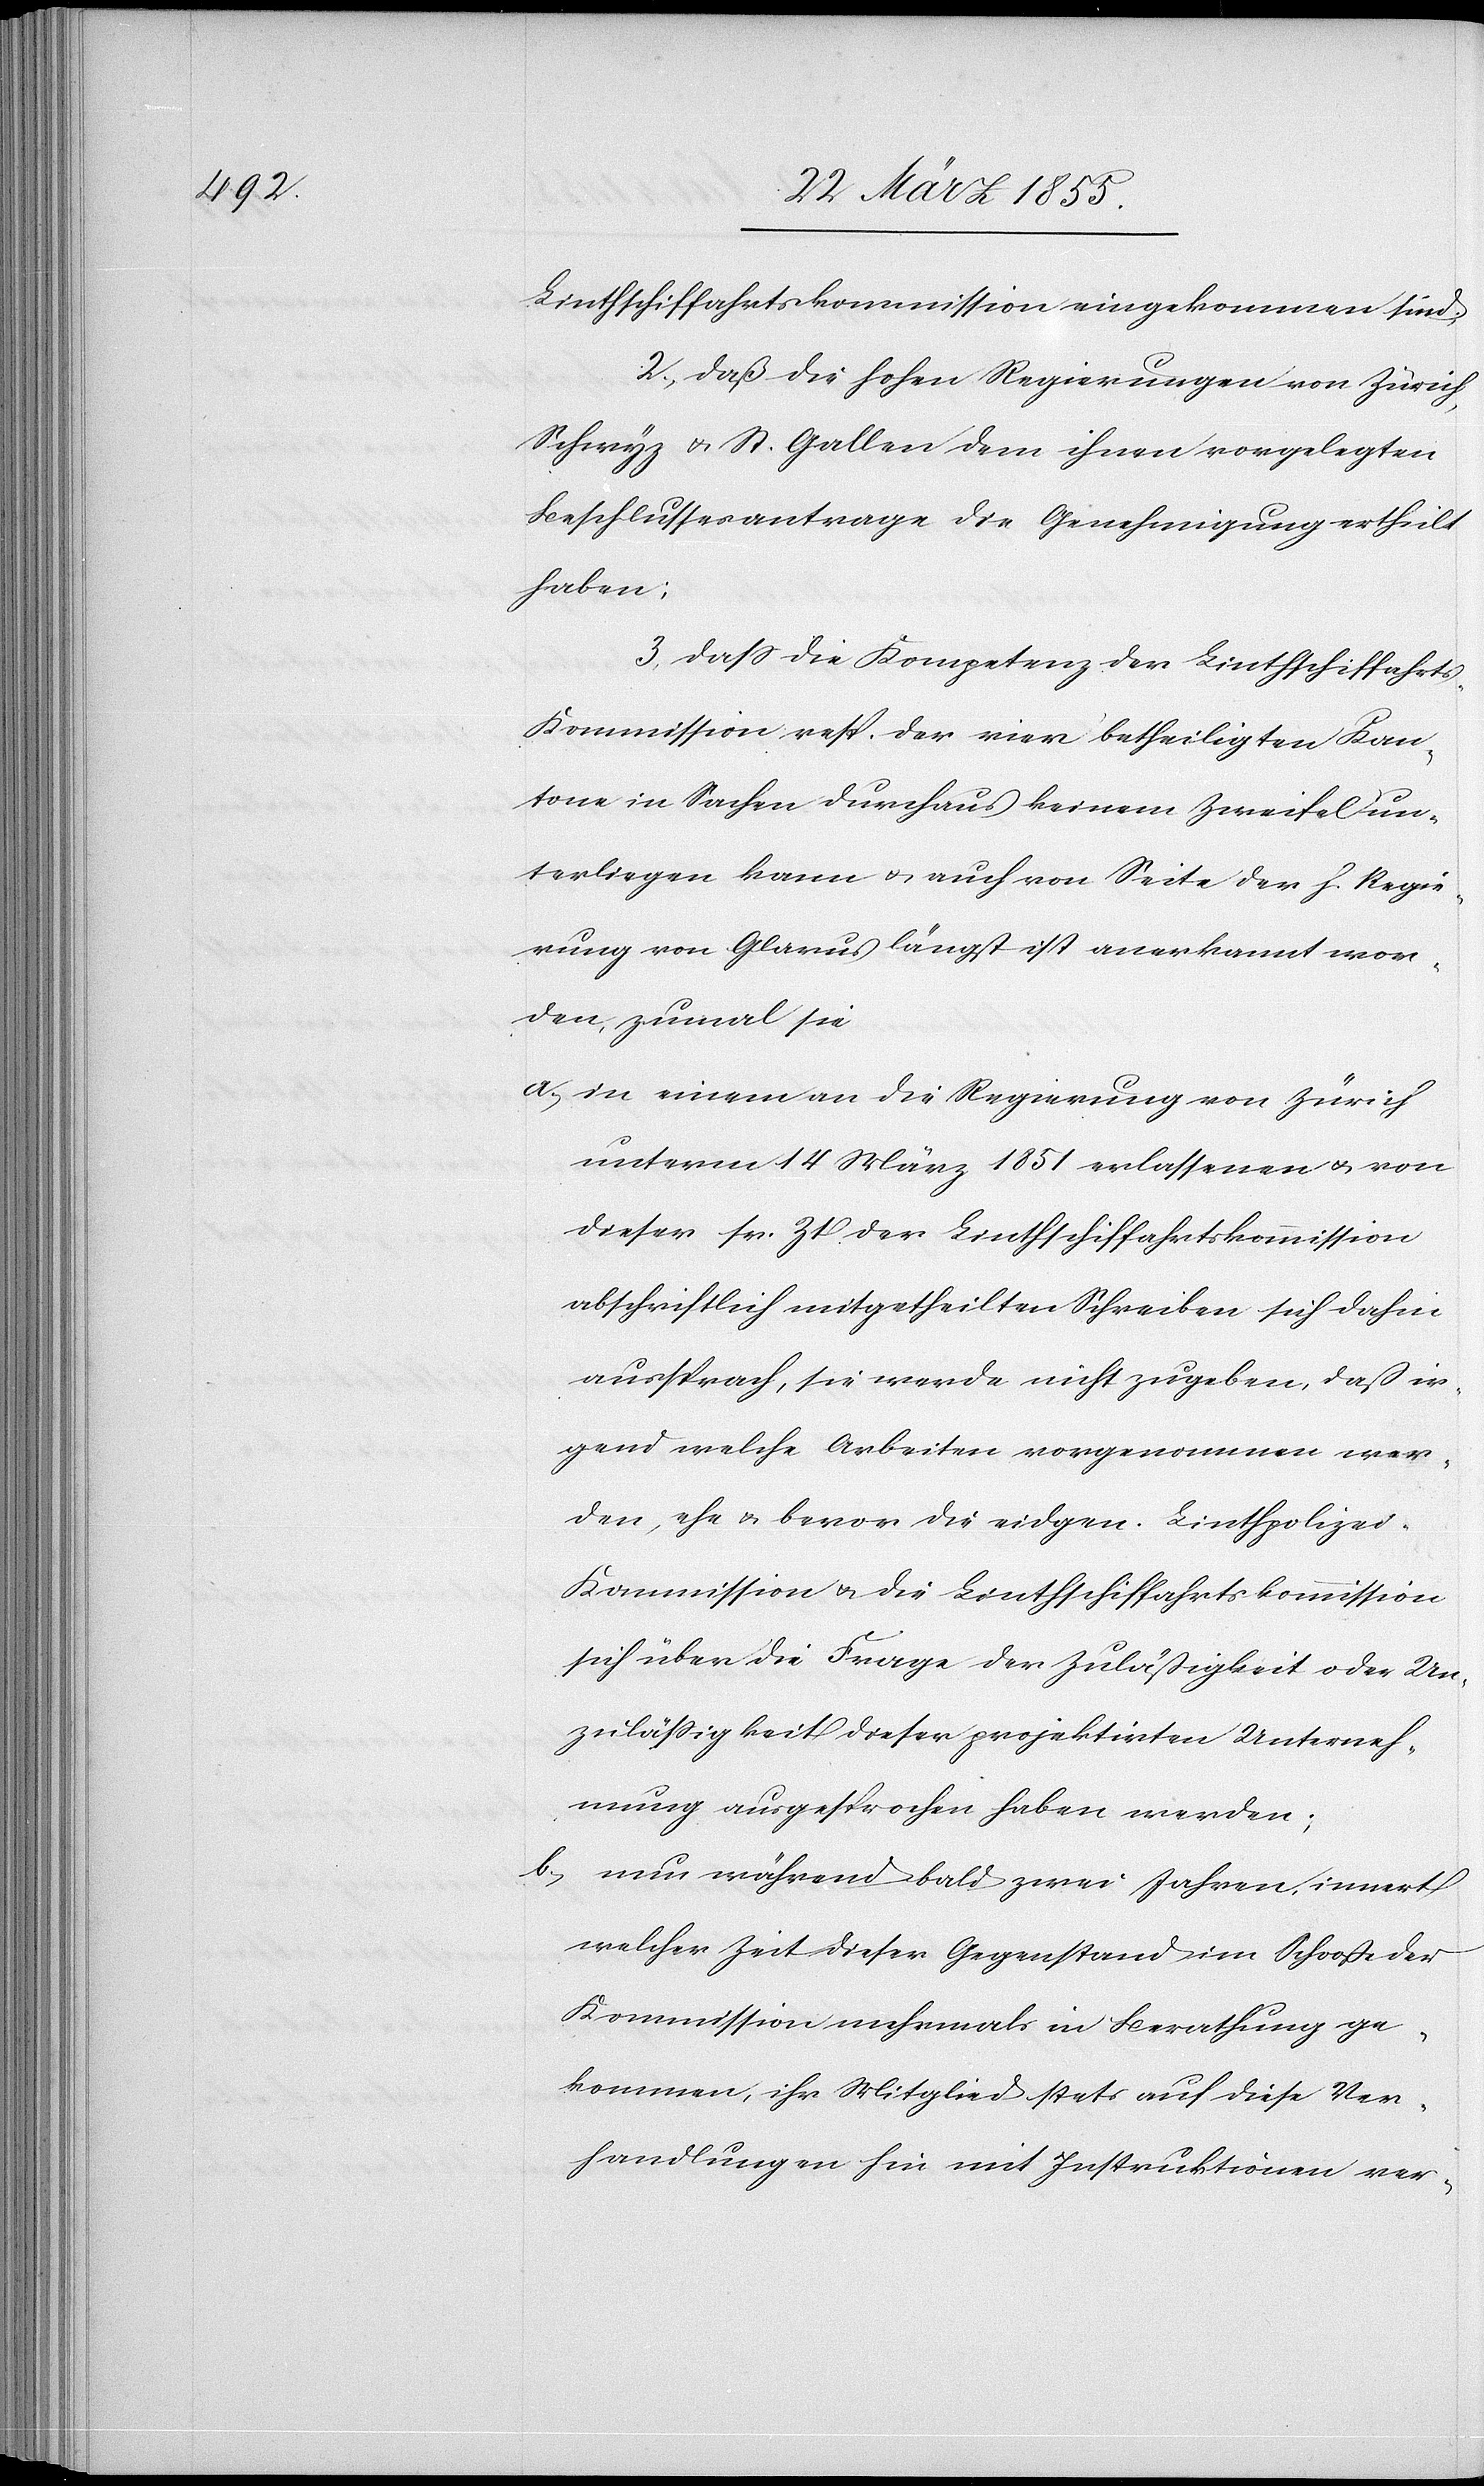
Linthschiffahrtskommisison eingekommen sind;
2, daß die hohen Regierungen von Zürich,
Schwyz & St. Gallen dem ihnen vorgelegten
Beschlussesantrage die Genehmigung ertheilt
haben;
3, dass die Kompetenz der Linthschiffahrt¬
s-Kommission resp. der vier betheiligten Kan¬
tone in Sachen durchaus keinem Zwiefel un¬
terliegen kann & auch von Seite der h. Regie¬
rung von Glarus längst ist anerkannt wor¬
den, zumal sie
in einem an die Regierung von Zürich
unterm 14 März 1851 erlassenen & von
dieser sr. Zt. der Linthschiffahrtskommission
abschriftlich mitgetheilten Schreiben sich dahin
aussprach, sie werde nicht zugeben, daß ir¬
gend welche Arbeiten vorgenommen wer¬
den, ehe & bevor die eidgen. Linthpolize¬
i-Kommission & die Linthschiffahrtskommission
sich über die Frage der Zuläßigkeit oder Un¬
zulässigkeit dieser projektirten Unterneh¬
mung ausgesprochen haben werden;
nun während bald zwei Jahren, innert
welcher Zeit dieser Gegenstand im Schooße der
Kommission mehrmals in Berathung ge¬
kommen, ihr Mitglied stets auf diese Ver¬
handlungen hin mit Instruktionen ver-